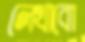
লেখাবো